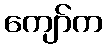
ကျော်က